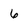
Character: 6